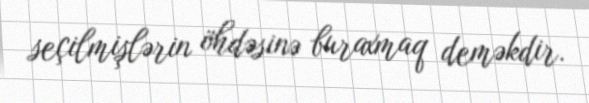
seçilmişlərin öhdəsinə buraxmaq deməkdir.